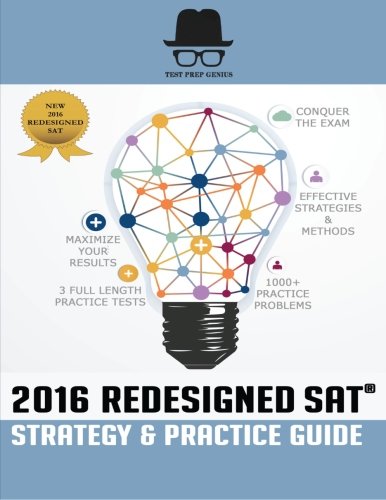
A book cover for Test Prep Genius 2016 Redesigned SAT Strategy & Practice Guide; TPGenius Development Team; Test Preparation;